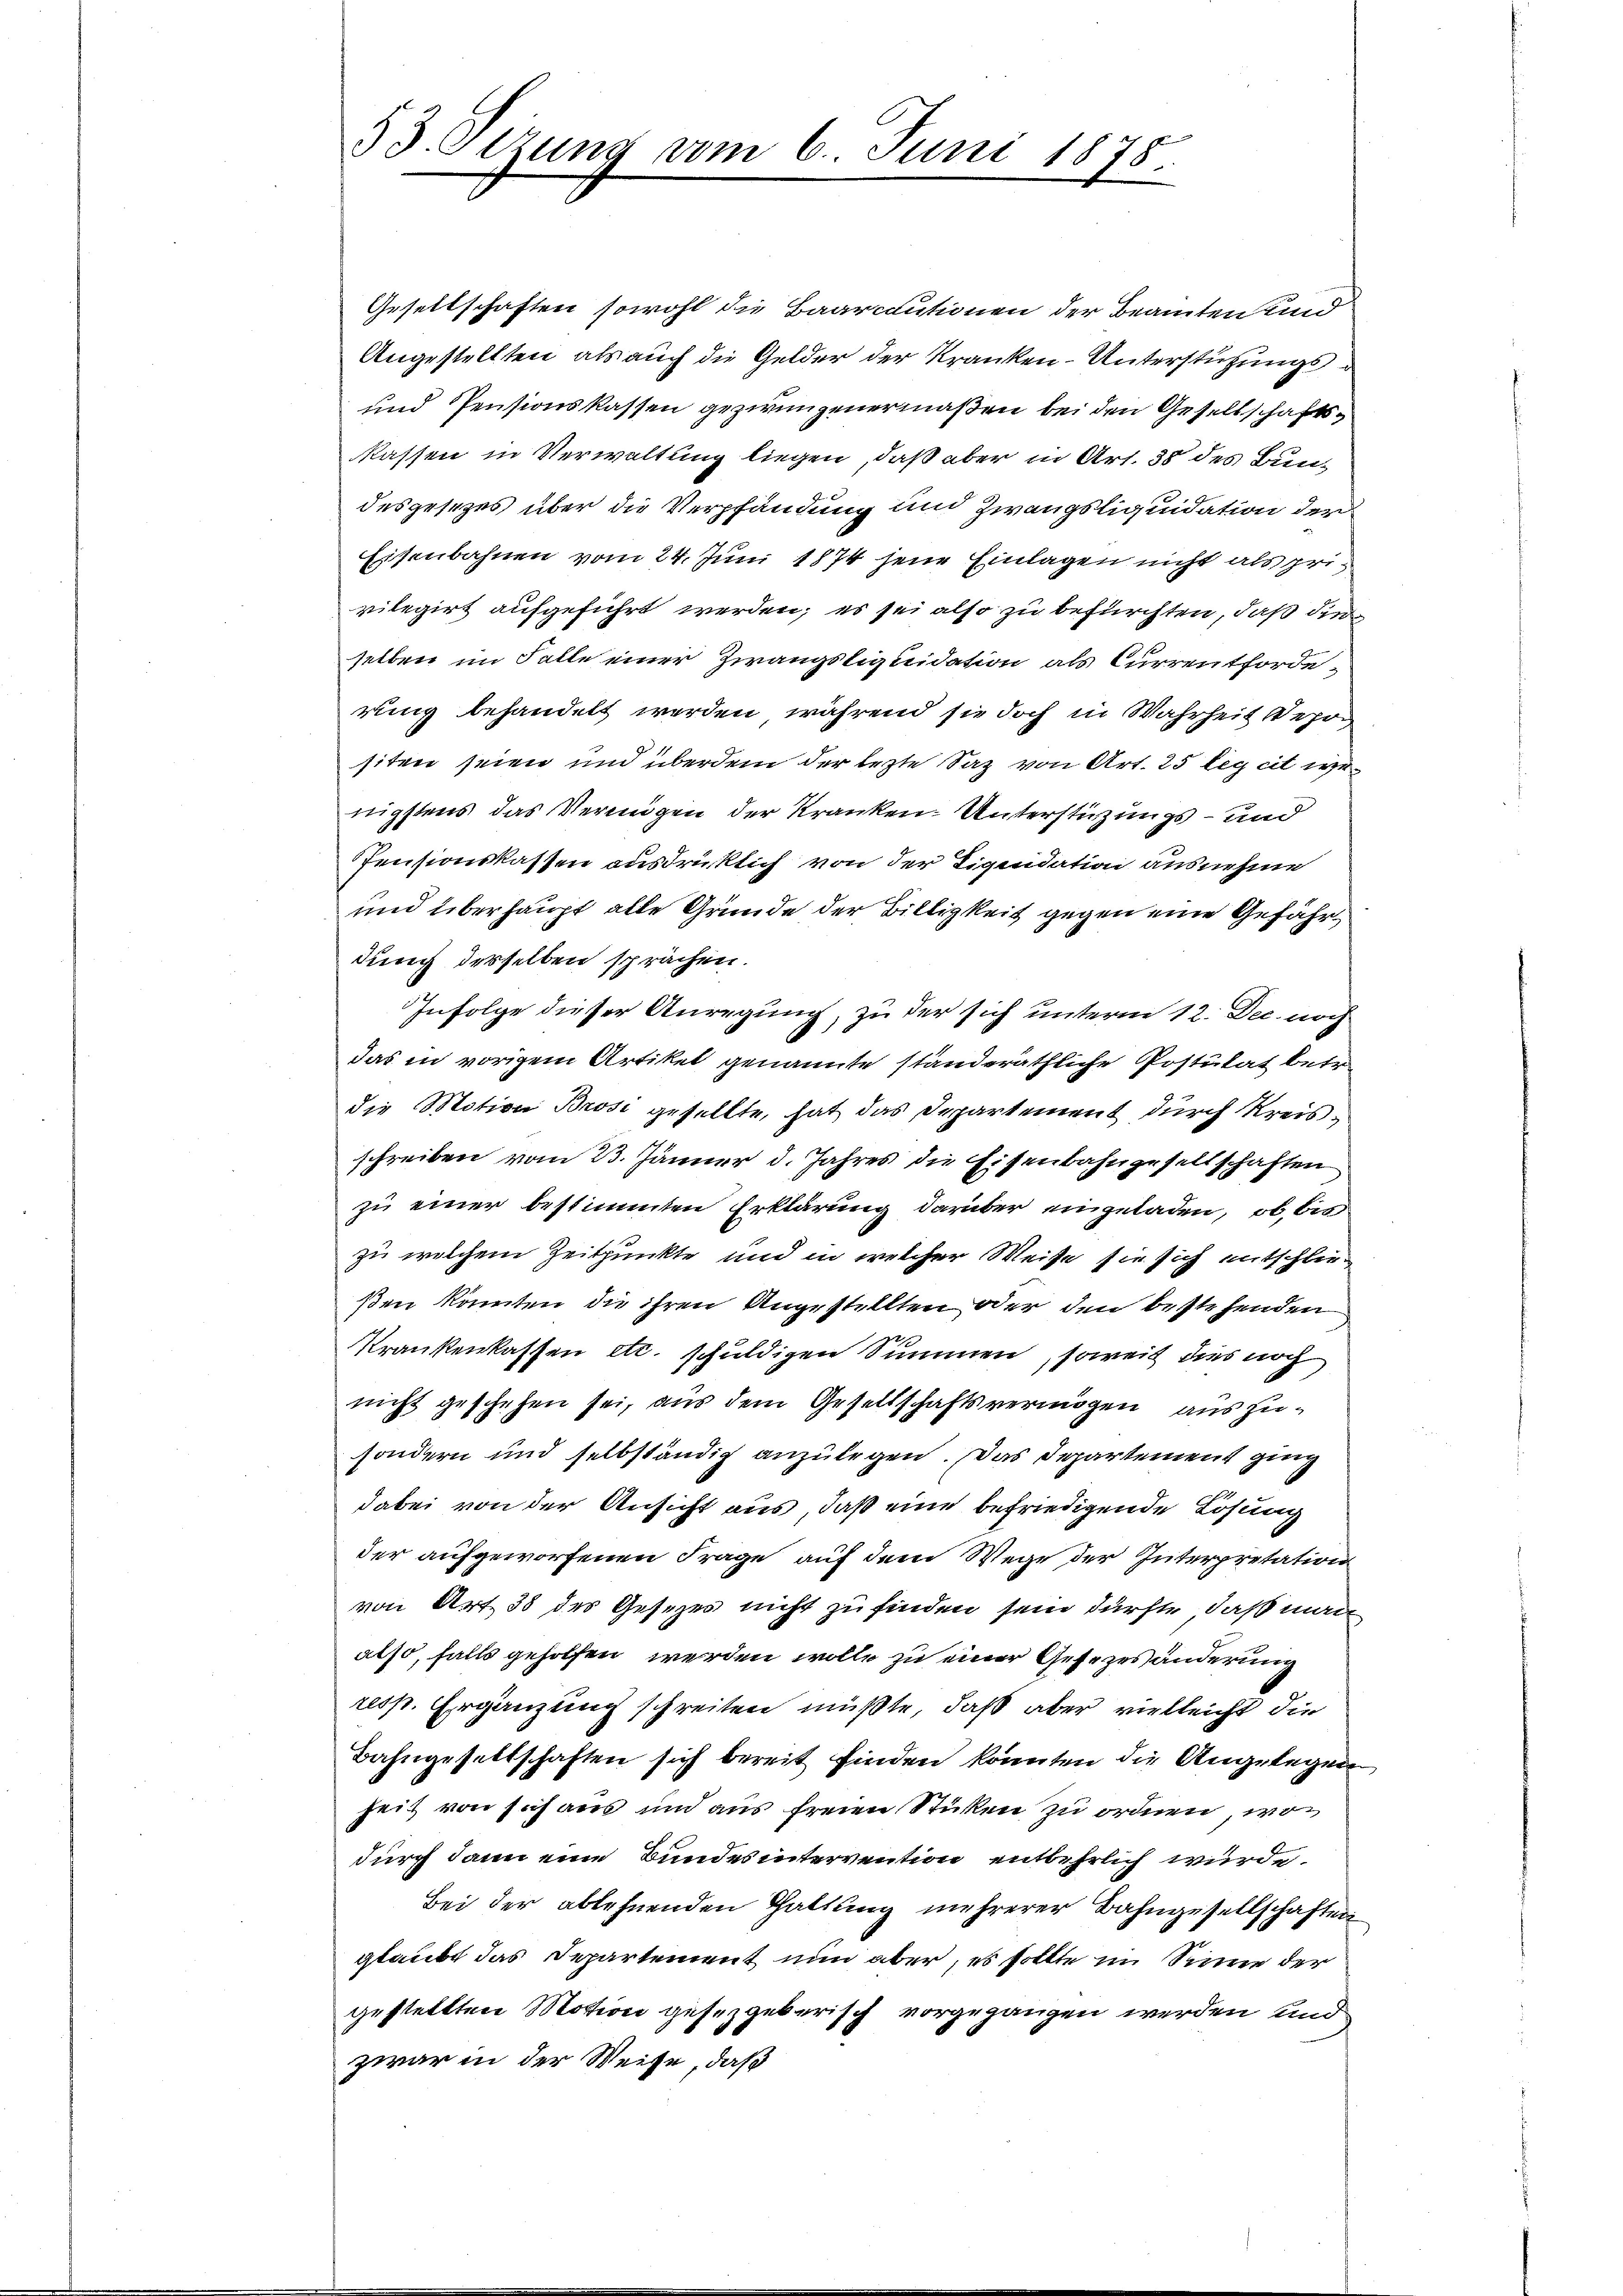
Gesellschaften sowohl die Baarcautionen der Beamten und
Angestellten, als auch die Gelder der Kranken-Unterstützungs¬
und Pensionskassen gezwungenermaßen bei den Gesellschaftskassen in Verwaltung liegen, daß aber in Art. 38 des Bundesgesezes über die Verpfändung und Zwangsliquidation der
Eisenbahnen vom 24. Juni 1874 jene Einlagen nicht als privilegirt aufgeführt werden; es sei also zu befürchten, daß die
selben im Falle einer Zwangsliquidation als Currentforderung behandelt werden, während sie doch in Wahrheit depo
siten seien und überdem der lezte Saz von Art. 25 leg cit wenigstens das Vermögen der Kranken Unterstüzungs- und
Pensionskassen ausdrücklich von der Liquidation ausnehme
und überhaupt alle Grunde der Billigkeit gegen eine Gefährdung desselben sprächen.
Infolge dieser Anregung, zu der sich unterm 12. Dec. noch
das in vorigem Artikel genannte ständeräthliche Postulat betr.
die Motion Brosi gesellte, hat das Departement durch Kreisschreiben vom 23. Jänner d. Jahres die Eisenbahngesellschaften
zu einer bestimmten Erklärung darüber eingeladen, ob, bis
zu welchem Zeitpunkte und in welcher Weise sie sich entschließen könnten die ihren Angestellten oder den bestehenden
Krankenkassen etc. schuldigen Summen, soweit dies noch
nicht geschehen sei, aus dem Gesellschaftsvermögen aus zusondern und selbständig anzulegen. Das Departement ging
dabei von der Ansicht aus, daß eine befriedigende Losung
der aufgeworfenen Frage auf dem Wege der Interpretation
von Art. 38 der Gesezes nicht zu finden sein dürfte, daß man
also, falls geholfen werden wolle zu einer Gesezes änderung
resp. Ergänzung schreiten müßte, daß aber vielleicht die
Bahngesettschaften sich bereit finden konnten die Angelegen
heit von sich aus und aus freien Stücken zu ordnen, wo
durch dann eine Bundes intervention entbehrlich wurde.
Bei der ablehnenden Haltung mehrerer Bahngesellschaften
glaubt das Departement nun aber, es sollte im Sinne der
gestellten Motion gesetzgeberisch vorgegangen werden und
zwar in der Weise, daß

53. Sizung vom 6. Juni 1875.